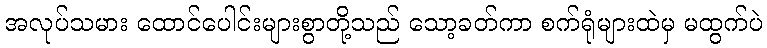
အလုပ်သမား ထောင်ပေါင်းများစွာတို့သည် သော့ခတ်ကာ စက်ရုံများထဲမှ မထွက်ပဲ